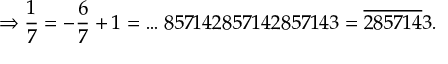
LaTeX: \Rightarrow { \frac { 1 } { 7 } } = - { \frac { 6 } { 7 } } + 1 = \dots 8 5 7 1 4 2 8 5 7 1 4 2 8 5 7 1 4 3 = { \overline { { 2 8 5 7 1 4 } } } 3 .